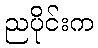
ညပိုင်းက